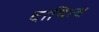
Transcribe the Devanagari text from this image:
दायित्‍व